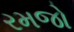
રમજો